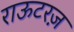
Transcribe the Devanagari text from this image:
राऊटरज़